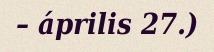
– április 27.)